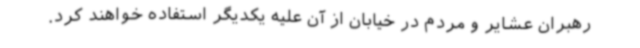
رهبران عشایر و مردم در خیابان از آن علیه یکدیگر استفاده خواهند کرد.